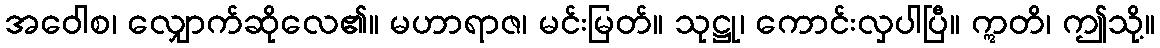
အဝေါစ၊ လျှောက်ဆိုလေ၏။ မဟာရာဇ၊ မင်းမြတ်။ သုဋ္ဌု၊ ကောင်းလှပါပြီ။ ဣတိ၊ ဤသို့။